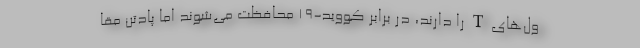
ول‌های T را دارند، در برابر کووید-۱۹ محافظت می‌شوند اما پادتن مقا